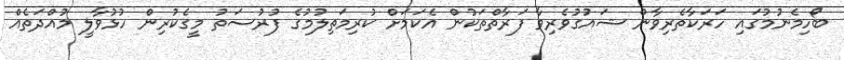
ބޯހިމެނުމުގައި ހަރަކާތެރިވާން ޝައުގުވެރިވާ ފަރާތްތަކުން އެކަމަށް ކުރިމަތިލުމުގެ ފުރުސަތު މީގެކުރިން ހުޅުވާލީ މުއްދަތެއް